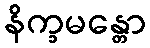
နိက္ခမန္တော